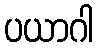
ပယာဂါ